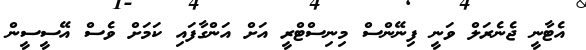
އެޓާނީ ޖެނެރަލް ވަނީ ފިނޭންސް މިނިސްޓްރީ އަށް އަންގާފައި ކަމަށް ވެސް އޭސީސީން